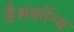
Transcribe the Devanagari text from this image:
डैशकॉम्ब